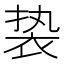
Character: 𬡓